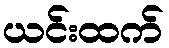
ယင်းထက်